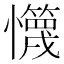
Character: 𰒢